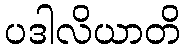
ပဒါလိယာတိ